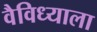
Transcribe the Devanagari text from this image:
वैविध्याला